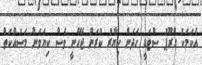
އެކަމަކު ގްރޫޕު ސްޓަޑީ ހަދަން ހިޔާރު ކުރަން ޖެހޭނީ ވެސް ކިޔަވަން މަސައްކަތް